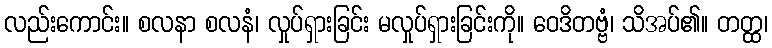
လည်းကောင်း။ စလနာ စလနံ၊ လှုပ်ရှားခြင်း မလှုပ်ရှားခြင်းကို။ ဝေဒိတဗ္ဗံ၊ သိအပ်၏။ တတ္ထ၊